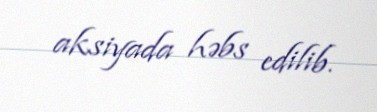
aksiyada həbs edilib.